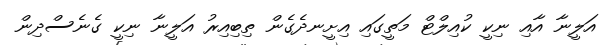
އަލީނާ އާއި ނިކީ ކުއިލްޓް މަތީގައި އިށީނދެގެން ތިބިއިރު އަލީނާ ނިކީ ގެނެސްދިން